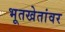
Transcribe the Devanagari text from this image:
भूतखेतांवर